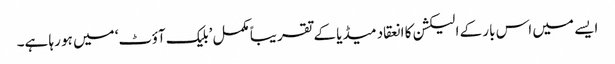
ایسے میں اس بار کے الیکشن کا انعقاد میڈیا کے تقریباً مکمل ’بلیک آؤٹ‘ میں ہو رہا ہے۔